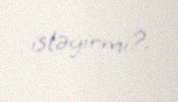
istəyirmi?.